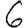
Digit: 6